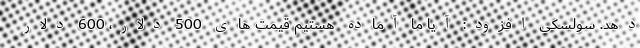
دهد. سولسکی افزود: آیا ما آماده هستیم قیمت های 500 دلار، 600 دلار